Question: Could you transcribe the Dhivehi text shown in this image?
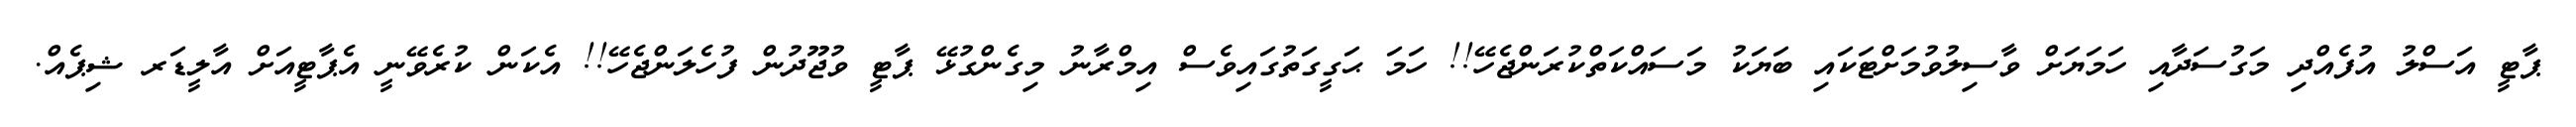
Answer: ޕާޓީ އަސްލު އުފެއްދި މަގުސަދާއި ހަމަޔަށް ވާސިލުވުމަށްޓަކައި ބަޔަކު މަސައްކަތްކުރަންޖެހޭ!! ހަމަ ޙަގީގަތުގައިވެސް އިމްރާނު މިގެންގުޅޭ ޕާޓީ ވުޖޫދުން ފުހެލަންޖެހޭ!! އެކަން ކުރެވޭނީ އެޕާޓީއަށް އާލީޑަރ ޝިޕެއް.